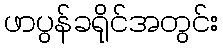
ဖာပွန်ခရိုင်အတွင်း